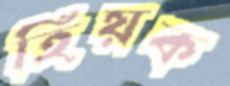
হিয়ক